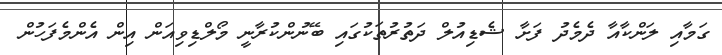
ގަމާއި ލަންކާއާ ދެމެދު ފަށާ ޝެޑިއުލް ދަތުރުތަކުގައި ބޭނުންކުރާނީ މޯލްޑިވިއަން އިން އެންމެފަހުން